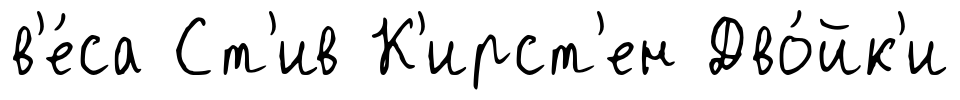
в'е́са Ст'ив К'ирст'ен Дво́йк'и